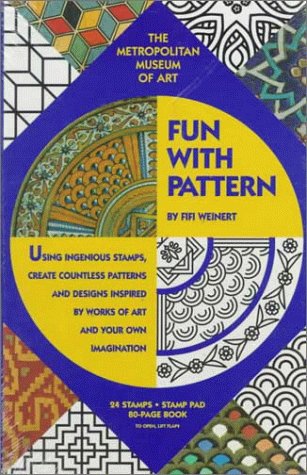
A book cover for Fun with Pattern; Fifi Weinert; Teen & Young Adult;